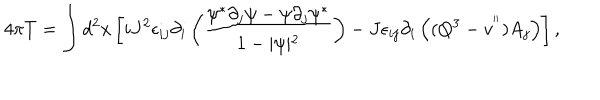
4 \pi T = \int d ^ { 2 } x \left[ i J ^ { 2 } \epsilon _ { i j } \partial _ { i } \left( \frac { \psi ^ { * } \partial _ { j } \psi - \psi \partial _ { j } \psi ^ { * } } { 1 - \vert \psi \vert ^ { 2 } } \right) - J \epsilon _ { i j } \partial _ { i } \left( ( Q ^ { 3 } - v ^ { ' ^ { \prime } } ) A _ { j } \right) \right] ,